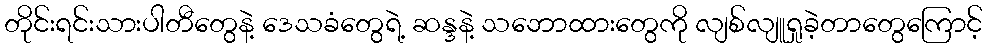
တိုင်းရင်းသားပါတီတွေနဲ့ ဒေသခံတွေရဲ့ ဆန္ဒနဲ့ သဘောထားတွေကို လျစ်လျူရှုခဲ့တာတွေကြောင့်